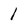
Character: 1